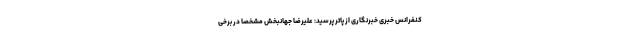
کنفرانس خبری خبرنگاری از پاتر پرسید: علیرضا جهانبخش مشخصاً در برخی